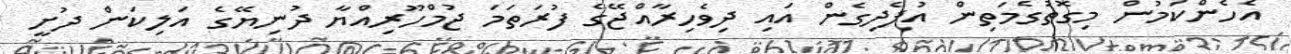
އެހެންކަމުން މިގޮތުގެމަތިން އުފެދިގެން އައި ދިވެހިރާއްޖޭގެ ފުރަތަމަ ޖުމްހޫރިއްޔާ ދުނިޔޭގެ އަލިކަން ދުށީ